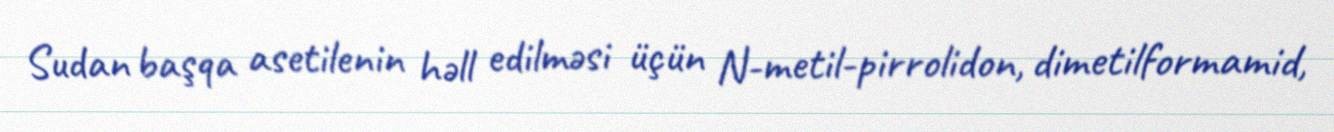
Sudan başqa asetilenin həll edilməsi üçün N-metil-pirrolidon, dimetilformamid,